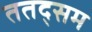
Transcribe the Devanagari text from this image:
ततद्सम